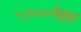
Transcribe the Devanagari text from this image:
५१००पेक्षा